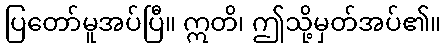
ပြတော်မူအပ်ပြီ။ ဣတိ၊ ဤသို့မှတ်အပ်၏။